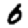
Digit: 6